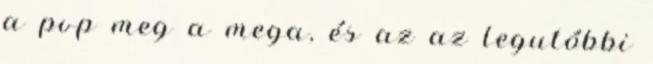
a pvp meg a mega, és az az legutóbbi